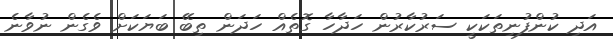
އަދި ކުންފުނިތަކަކީ ސަރުކާރުން ހަދާހާ ގޮތެއް ހަދަން ތިބޭ ބަޔަކަށް ވެގެން ނުވާނެ